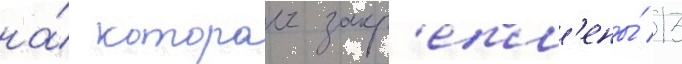
на́ которои закр'епл'ены́ 13